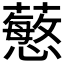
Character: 𧁋